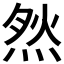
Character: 𱫙